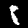
Digit: 8